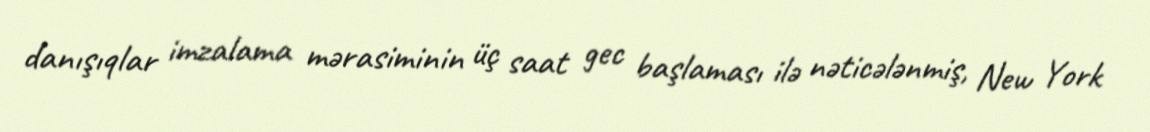
danışıqlar imzalama mərasiminin üç saat gec başlaması ilə nəticələnmiş, New York